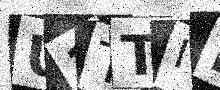
Text: U1TTIE